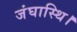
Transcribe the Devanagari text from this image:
जंघास्थि।